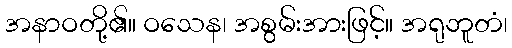
အနာဝတို့၏။ ဝသေန၊ အစွမ်းအားဖြင့်။ အရုဘူတံ၊